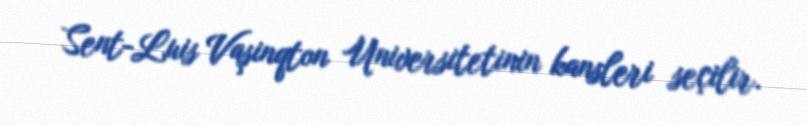
Sent-Luis Vaşinqton Universitetinin kansleri seçilir.